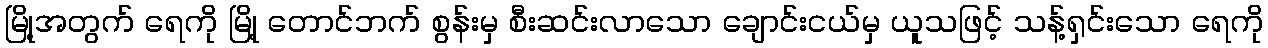
မြို့အတွက် ရေကို မြို့ တောင်ဘက် စွန်းမှ စီးဆင်းလာသော ချောင်းငယ်မှ ယူသဖြင့် သန့်ရှင်းသော ရေကို